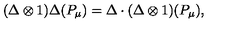
( \Delta \otimes 1 ) \Delta ( P _ { \mu } ) = \Delta \cdot ( \Delta \otimes 1 ) ( P _ { \mu } ) ,